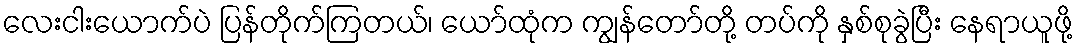
လေးငါးယောက်ပဲ ပြန်တိုက်ကြတယ်၊ ယော်ထုံက ကျွန်တော်တို့ တပ်ကို နှစ်စုခွဲပြီး နေရာယူဖို့